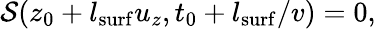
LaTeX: \mathcal{S}(z_{0}+l_{\mathrm{surf}}u_{z},t_{0}+l_{\mathrm{surf}}/v)=0,